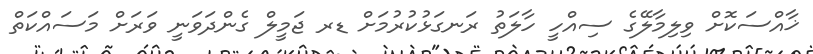
ޚާއްސަކޮށް ވިލިމާލޭގެ ސިއްހީ ހާލަތު ރަނގަޅުކުރުމަށް ޑރ ޖަމީލް ގެންދަވަނީ ވަރަށް މަސައްކަތް